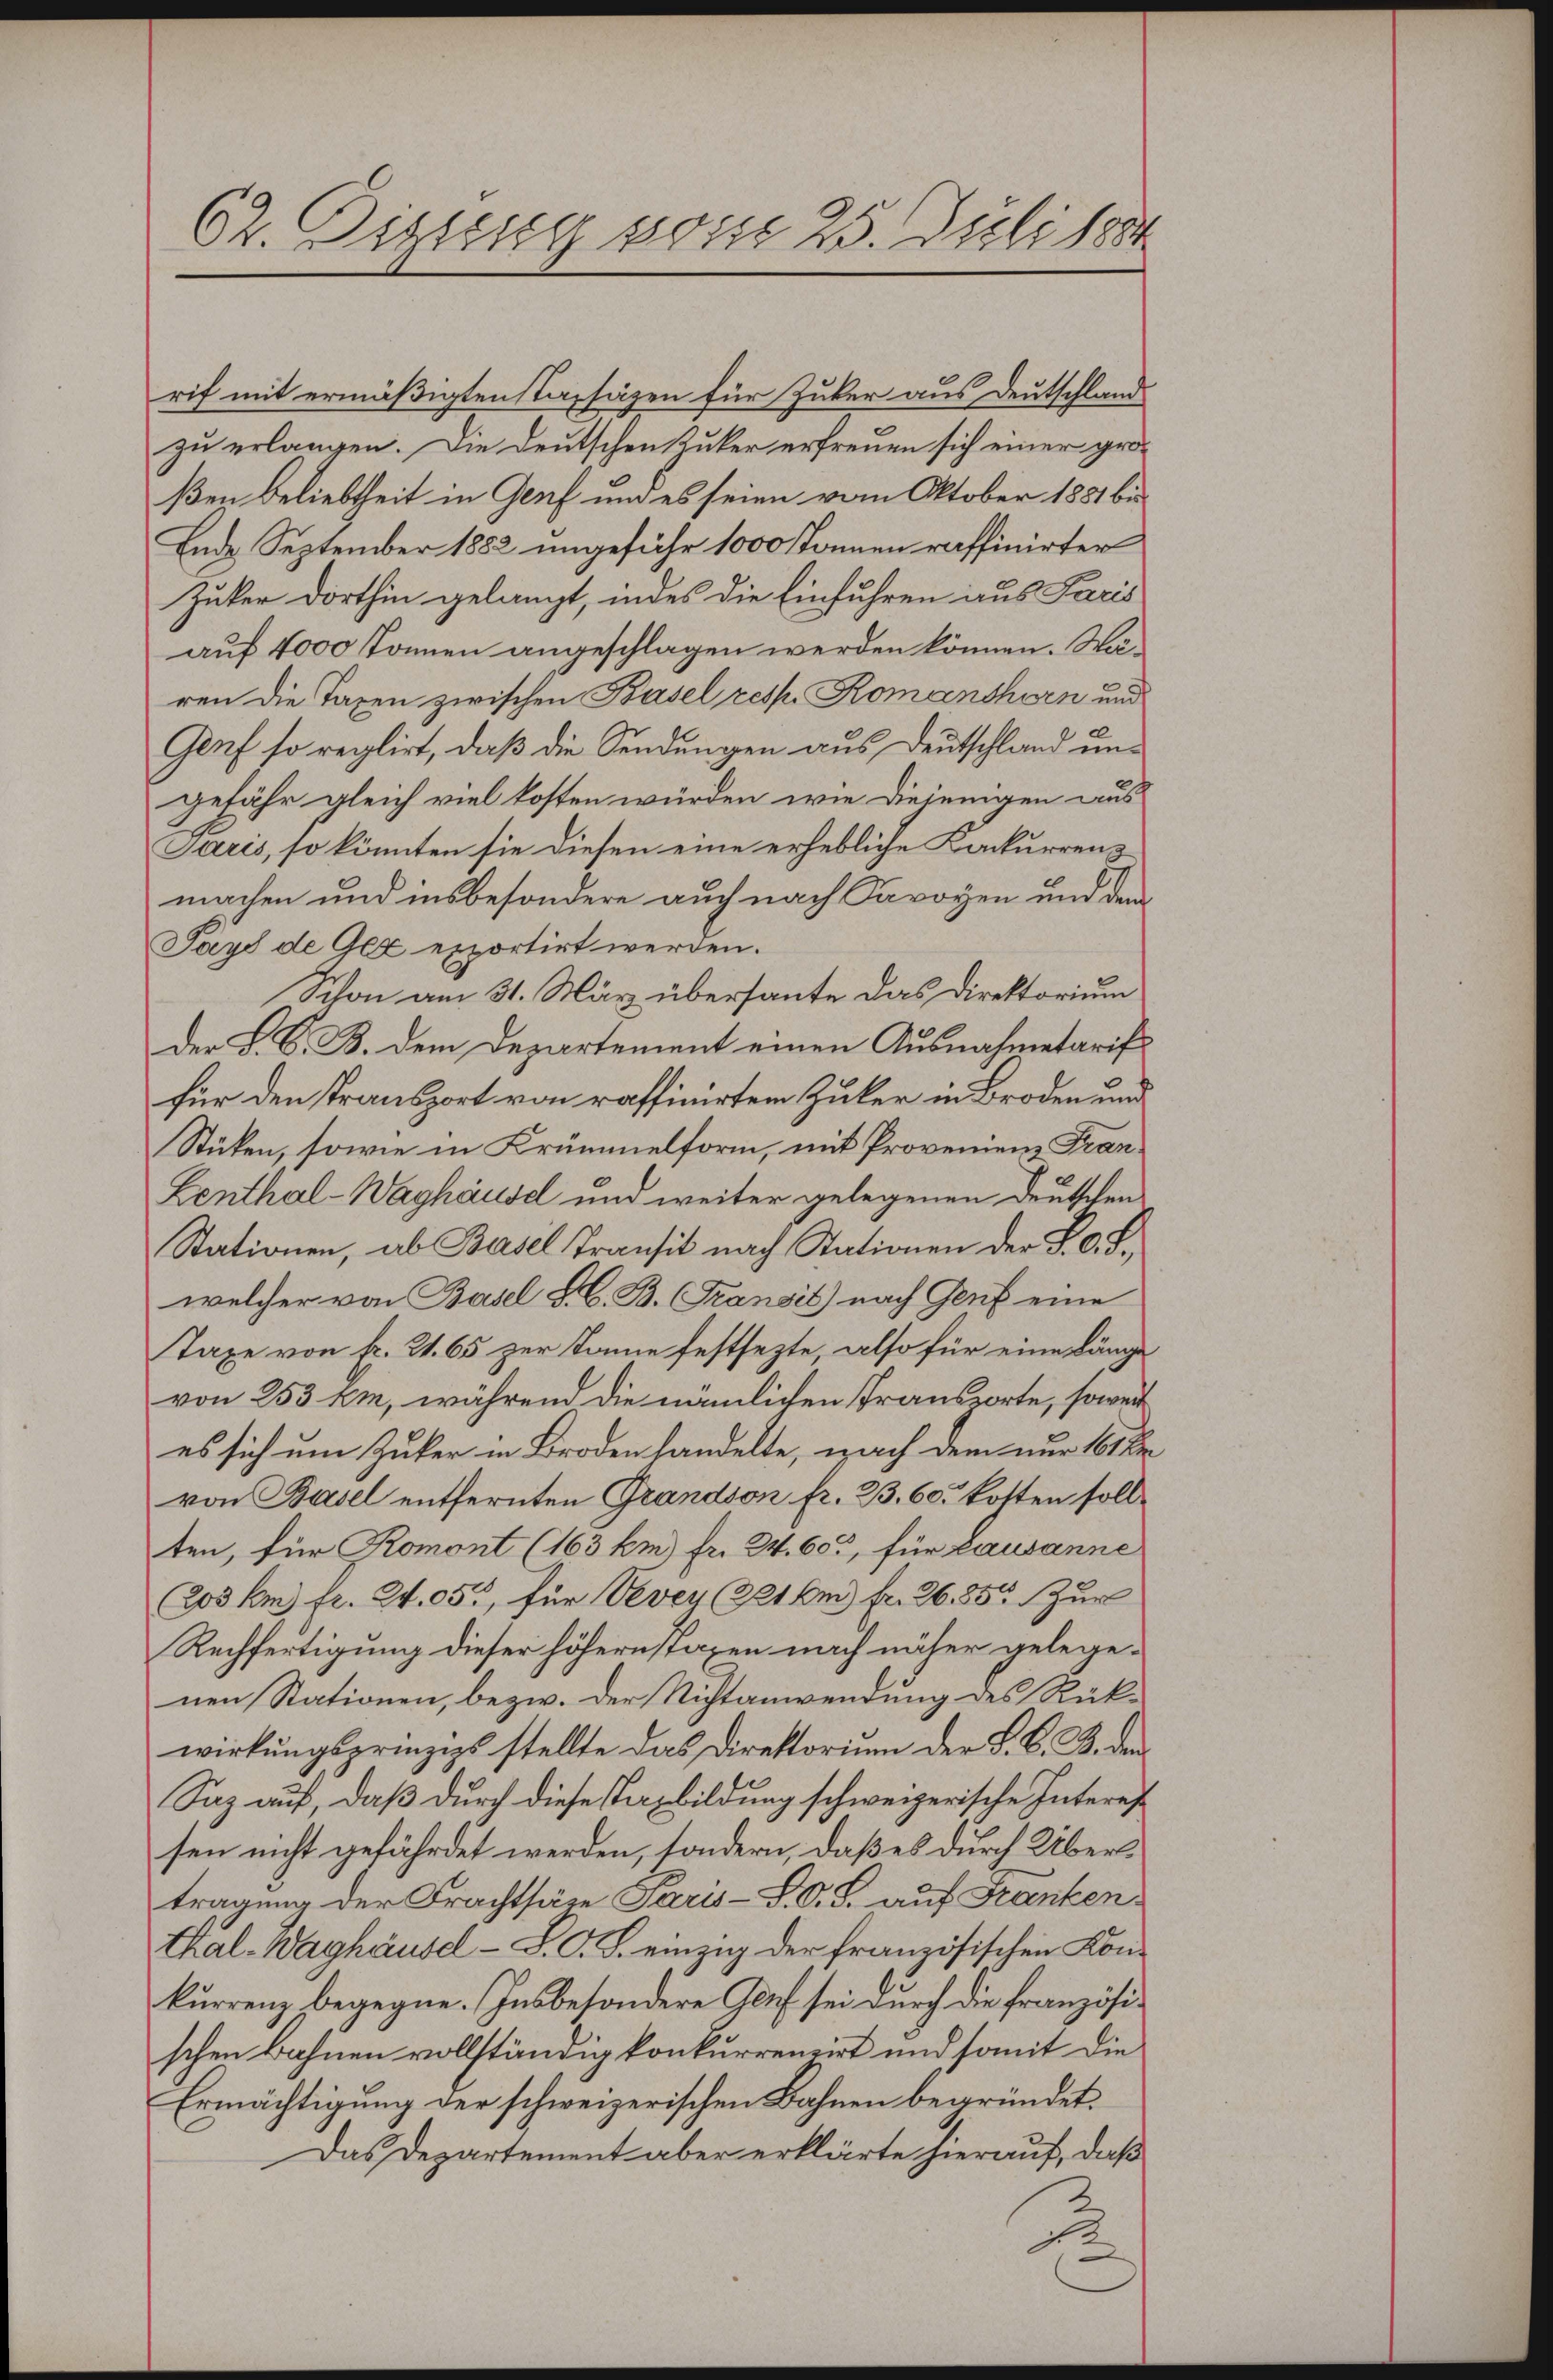
rif mit ermäßigten Stapsäzen für Zuker aus Deutschland
zu erlangen. Die Deutschen Ruker erfreuen sich einer großen Beliebtheit in Genf und es seien vom Oktober 1881 bis
Ende September 1882 ungefähr 1000 konnen raffinirter
Zuker dorthin gelangt, indes die Einfuhren aus Paris
auf 4000 können angeschlagen werden können. Wären die Taxen zwischen Basel resp. Romanthien und
Genf so reglirt, daß die Sendungen aus Deutschland ungefähr gleich viel kosten würden, wie diejenigen aus
Saris, so könnten sie diesen eine erhebliche Konkurrenz
machen und insbesondere auch nach Savoyen und dem
Pays de Gex exportirt werden.
Schon am 31. März übersante das Direktorium
Der S. S. B. dem Departement einen Ausnahmetariffür den Transport von raffinirten Zuker in Broden und
Stücken, sowie in Krümmelform, mit Provenienz Fran¬
Lenthal-Waghause und weiter gelegenen Deutschen
Stationen, ab Basel Transit nach Stationen der S. O. S.
welcher von Basel L. G. B. Transit) nach Genf eine
Taxe von Fr. 21. 65 zur Dame festsezte, also für eine Länge
von 253 km, während die nämlichen Transporte, soweit
es sich um Zuker in Broden handelte, nach dem nur 161 de
von Basel entfernten Grandson fr. 33, 60. Botten sollten, für Komont (163 km) fr. 24. 605, für Lausanne
Co5 km fr. W. 05, für Vevey (221 bei fr. 26. 55. Zur
Rechfertigung dieser höhern spaxen nach näher gelegenen Stationen, bezw. der Nichtanwendung des Rückwirkungsprinzips stellte das Direktorium der S. B. B. den
Saz auf, daß durch diese Tasbildung schweizerische Interessen nicht gefährdet werden, sondern, daß es durch Übertragung der Frachtsäre Paris-S. O. S. auf Franken¬
Thal-Waghäusel-S. O. S. einzig der französischen Konkurrenz begegne. Insbesondere Genf sei durch die französischen Bahnen vollständig konkurrenzirt und somit die
Ermächtigung der schweizerischen Bahnen begründet.
Das Departement aber erklärte hierauf, daß
2

62. Digung sonst 25. Juli 1881